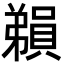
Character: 𪫃